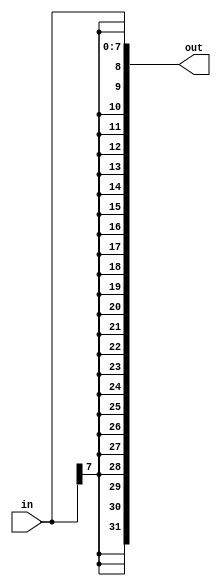
// https://hdlbits.01xz.net/wiki/Vector4

module top_module (
    input [7:0] in,
    output [31:0] out );//

    assign out = {{24{in[7]}}, in};

endmodule